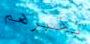
نخبرهم